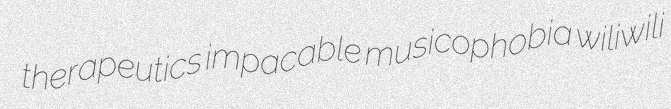
therapeutics impacable musicophobia wiliwili